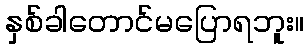
နှစ်ခါတောင်မပြောရဘူး။